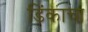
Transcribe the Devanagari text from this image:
डिंकाचा